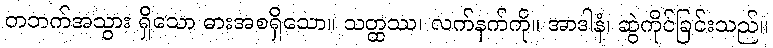
တဘက်အသွား ရှိသော ဓားအစရှိသော။ သတ္ထဿ၊ လက်နက်ကို။ အာဒါနံ၊ ဆွဲကိုင်ခြင်းသည်။